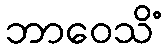
ဘာဝေသိံ